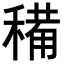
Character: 𥡘